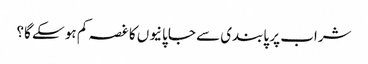
شراب پر پابندی سے جاپانیوں کا غصہ کم ہو سکے گا؟